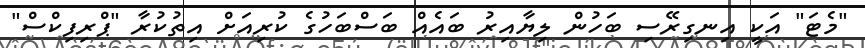
"މެޓަ" އަކީ އިނގިރޭސި ބަހުން ލިޔާއިރު ބައެއް ބަސްބަހުގެ ކުރިއަށް އިތުކުރާ "ޕްރިފިކްސް"